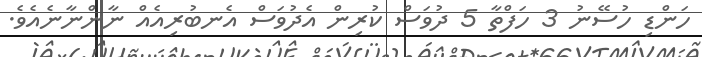
ހަންޑި ހުސޭނު 3 ހަފްތާ 5 ދުވަސް ކުރިން އެދުވަސް އެނބުރިއެއް ނާންނާނެއެވެ.